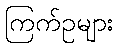
ကြက်ဥများ